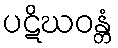
ပဋိဃဝန္တံ